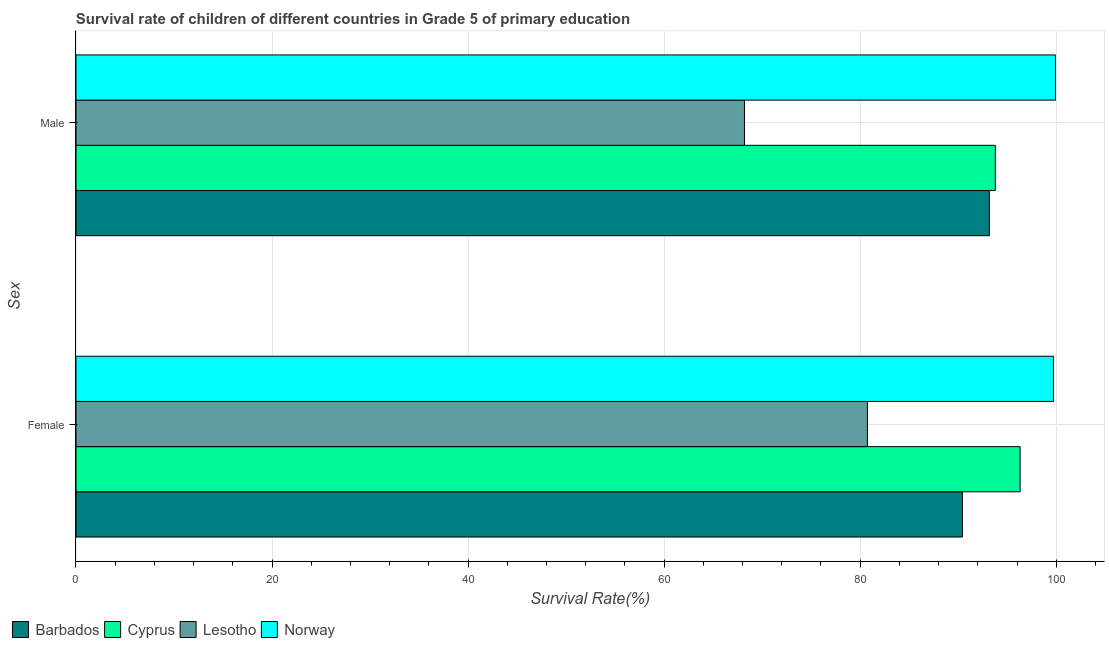
| Sex | Barbados | Cyprus | Lesotho | Norway |
 | --- | --- | --- | --- | --- |
 | Female | 90.4 | 96.3 | 80.7 | 99.7 |
 | Male | 93.2 | 93.8 | 68.2 | 99.9 |